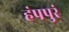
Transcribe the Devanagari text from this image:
हंपपुरं